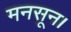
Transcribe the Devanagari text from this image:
मनसून।